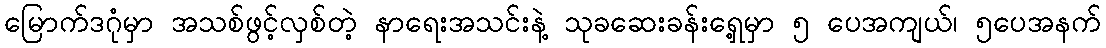
မြောက်ဒဂုံမှာ အသစ်ဖွင့်လှစ်တဲ့ နာရေးအသင်းနဲ့ သုခဆေးခန်းရှေ့မှာ ၅ ပေအကျယ်၊ ၅ပေအနက်